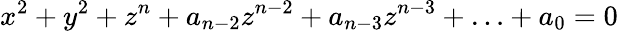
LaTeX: x^{2}+y^{2}+z^{n}+a_{n-2}z^{n-2}+a_{n-3}z^{n-3}+\ldots+a_{0}=0